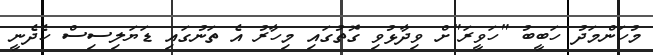
މުހަންމަދު ހަބީބު "ހަވީރަ"ށް ވިދާޅުވި ގޮތުގައި މިހާރު އެ ތަނުގައި ޑަޔަލިސިސް ހެދެނީ